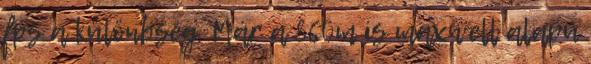
fps a különbség. Már a 860m is maxwell alapú